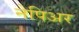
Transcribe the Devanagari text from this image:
नेपिअर